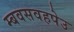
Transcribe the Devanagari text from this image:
म्बवसवहपेउ